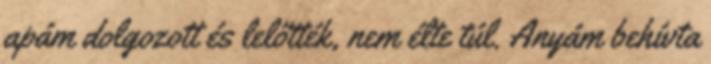
apám dolgozott és lelőtték, nem élte túl. Anyám behívta